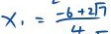
x _ { 1 } = \frac { - 6 + 2 \sqrt { 7 } } { 4 - }